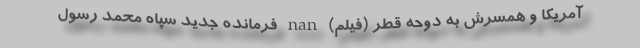
آمریکا و همسرش به دوحه قطر (فیلم) nan فرمانده جدید سپاه محمد رسول